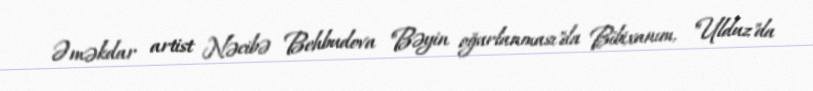
Əməkdar artist Nəcibə Behbudova "Bəyin oğurlanması"da Bibixanım, "Ulduz"da